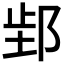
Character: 𬩿